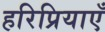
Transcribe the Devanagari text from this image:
हरिप्रियाएँ